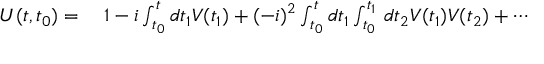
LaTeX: \begin{array} { r l } { U ( t , t _ { 0 } ) = { } } & { { } 1 - i \int _ { t _ { 0 } } ^ { t } d t _ { 1 } V ( t _ { 1 } ) + ( - i ) ^ { 2 } \int _ { t _ { 0 } } ^ { t } d t _ { 1 } \int _ { t _ { 0 } } ^ { t _ { 1 } } \, d t _ { 2 } V ( t _ { 1 } ) V ( t _ { 2 } ) + \cdots } \end{array}